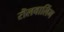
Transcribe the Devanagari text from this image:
रॊलवालिंग